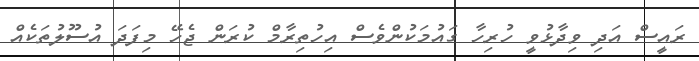
ރައީސް އަދި ވިދާޅުވީ ހުރިހާ ގައުމަކުންވެސް އިހުތިރާމް ކުރަން ޖެހޭ މިފަދަ އުސޫލުތަކެއް